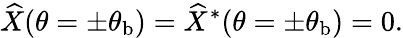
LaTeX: \widehat{X}(\theta=\pm\theta_{\mathrm{b}})=\widehat{X}^{*}(\theta=\pm\theta_{\mathrm{b}})=0.